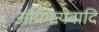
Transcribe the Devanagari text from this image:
औपमन्यवादि